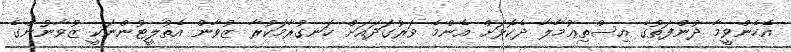
އެހެންވީމާ ދުންފަތުގެ އިސްތިޢުމާލާ ދެކޮޅަށް އެންމެ ވަރުގަދައަށް ހަނގުރާމަކުރާ ޒުވާން އެތުލީޓުންނަކީ ޒުވާނުންގެ